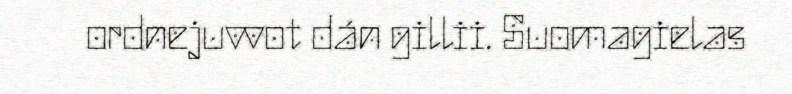
ordnejuvvot dán gillii. Suomagielas